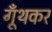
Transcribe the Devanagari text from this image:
गूँथकर